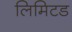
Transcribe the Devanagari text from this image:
लिमिटड